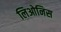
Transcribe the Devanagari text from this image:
लिओनिस